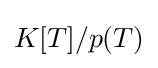
K[T]/p(T)